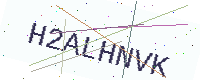
Text: H2ALHNVK